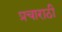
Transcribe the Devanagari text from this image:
प्रचाराठी